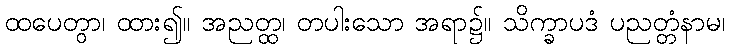
ထပေတွာ၊ ထား၍။ အညတ္ထ၊ တပါးသော အရာ၌။ သိက္ခာပဒံ ပညတ္တံနာမ၊